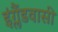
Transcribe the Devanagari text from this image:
इंग्लैंडवासी